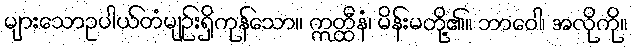
များသောဥပါယ်တံမျဉ်းရှိကုန်သော။ ဣတ္ထီနံ၊ မိန်းမတို့၏။ ဘာဝေါ၊ အလိုကို။